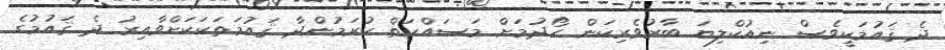
ދެ ޤައުމަކީވެސް ނިއުކްލިޔަ ބާރުވެރިކަން ހޯދުމަށް މަސައްކަތް ކުރަމުންދާ ޤައުމަތަކަކަށްވާއިރު ދެ ޤައުމުގެ